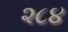
૨૮૪